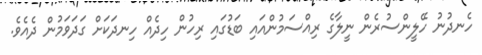
ހެނދުނު ހޭލީންސުރެން ނީލާގެ ރިއްސަމުންއައި ބަޑުގައި ރިހުން ހިދެއް ހިނދަކަށް ގަދަވަމުން ދެއެވެ.